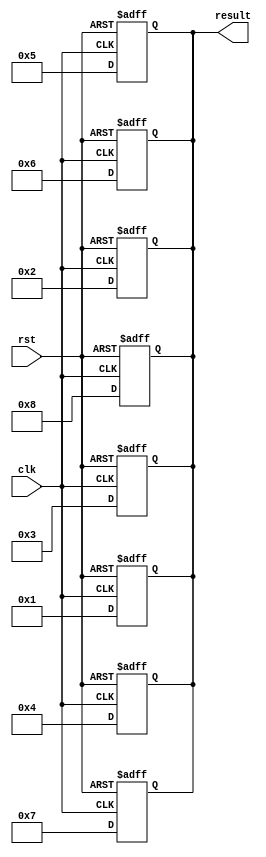
module generate_for_loop_example(
    input wire clk,
    input wire rst,
    output reg [7:0] result
);

genvar i;

generate
    for(i = 0; i < 8; i = i + 1) begin
        always @(posedge clk or posedge rst) begin
            if(rst) begin
                result <= 8'b00000000;
            end else begin
                case(i)
                    0: result <= 8'b00000001;
                    1: result <= 8'b00000010;
                    2: result <= 8'b00000011;
                    3: result <= 8'b00000100;
                    4: result <= 8'b00000101;
                    5: result <= 8'b00000110;
                    6: result <= 8'b00000111;
                    7: result <= 8'b00001000;
                endcase
            end
        end
    end
endgenerate

endmodule